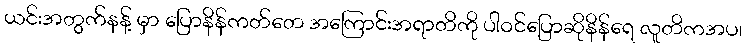
ယင်းအတွက်နန့် မှာ ပြောနိန်ကတ်တေ အကြောင်းအရာတိကို ပါဝင်ပြောဆိုနိန်ရေ လူတိကအပ၊